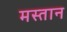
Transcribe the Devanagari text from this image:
मस्‍तान